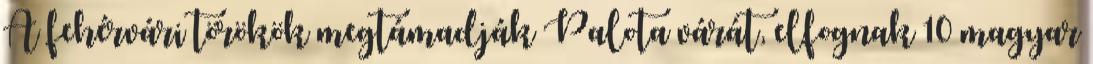
A fehérvári törökök megtámadják Palota várát, elfognak 10 magyar